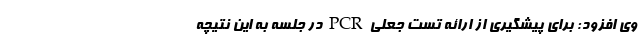
وی افزود: برای پیشگیری از ارائه تست جعلی PCR در جلسه به این نتیچه